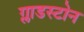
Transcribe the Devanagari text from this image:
ग्लाडस्टोन